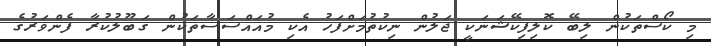
މި ކޯސްތަކުން ލިބޭ ކޮލިފިކޭޝަނަކީ ޖަލުން ނިކުތުމަށްފަހު އެކި މުއައްސަސާތަކުން ގަބޫލުކުރާ ފެންވަރުގެ